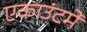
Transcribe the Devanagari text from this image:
एकाउंटमें